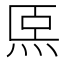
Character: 𤇴